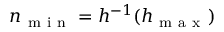
n _ { \mathrm { ~ m ~ i ~ n ~ } } = h ^ { - 1 } ( h _ { \mathrm { ~ m ~ a ~ x ~ } } )